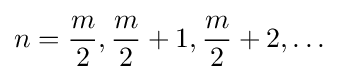
n={\frac {m}{2}},{\frac {m}{2}}+1,{\frac {m}{2}}+2,\ldots